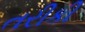
તરીકી